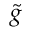
\tilde { g }